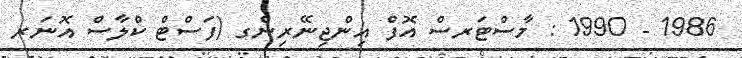
1986 - 1990 : މާސްޓަރސް އޮފް އިންޖިނޭރިންގ (ފަސްޓް ކްލާސް އޮނަރ